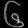
Digit: ၆